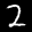
Label: 2